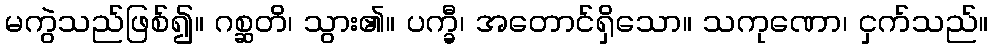
မကွဲသည်ဖြစ်၍။ ဂစ္ဆတိ၊ သွား၏။ ပက္ခီ၊ အတောင်ရှိသော။ သကုဏော၊ ငှက်သည်။